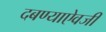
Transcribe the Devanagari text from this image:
दबण्याऐवजी